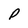
Character: P